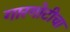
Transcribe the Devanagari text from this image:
गारगोटीचा